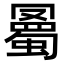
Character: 𧐰